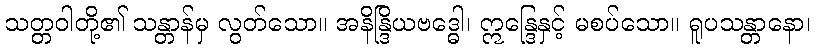
သတ္တဝါတို့၏ သန္တာန်မှ လွတ်သော။ အနိန္ဒြိယဗဒ္ဓေါ၊ ဣန္ဒြေနှင့် မစပ်သော။ ရူပသန္တာနော၊